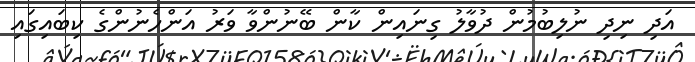
އަދި ނިދި ނުލިބުމުން ދުވާލު ގިނައިން ކާން ބޭނުންވާ ވަރު އަންހެނުންގެ ކިބައިގައި